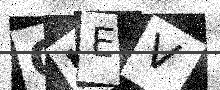
Text: GJEV